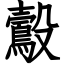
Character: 鷇